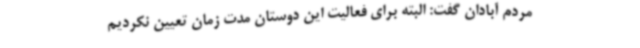
مردم آبادان گفت: البته برای فعالیت این دوستان مدت زمان تعیین نکردیم